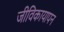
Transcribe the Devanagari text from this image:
जीविकायापन